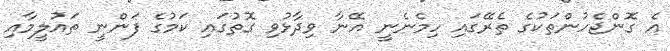
އެ ގޮންޖެހުންތަކުގެ ތެރޭގައި ހިމެނެނީ އޭނާ ވިދާޅުވި ގޮތުގައި ކަމުގެ ފަންނީ ތައުލީމާއި